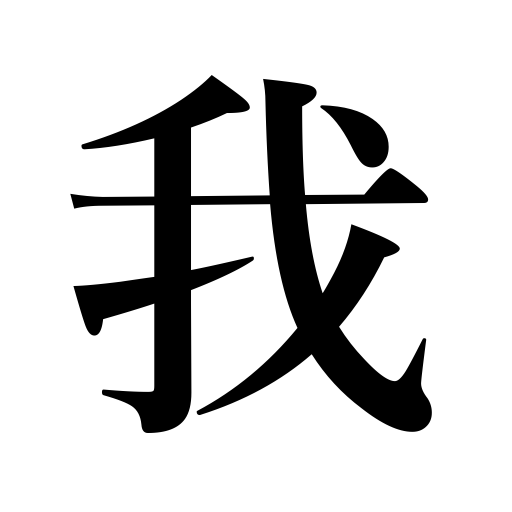
Meanings: oneself,I,self,egotism,selfishness,ego